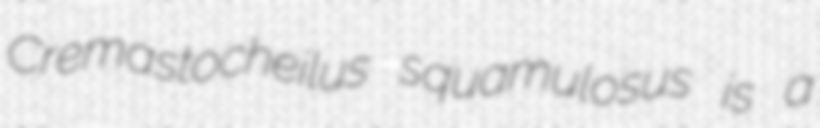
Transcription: Cremastocheilus squamulosus is a